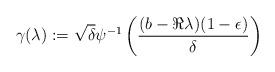
LaTeX: \begin{align*} \gamma(\lambda):=\sqrt{\delta}\psi^{-1}\left(\frac{(b-\Re\lambda)(1-\epsilon)}{\delta}\right)\end{align*}